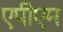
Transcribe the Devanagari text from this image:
एपीएम